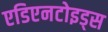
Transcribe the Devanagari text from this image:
एडिएनटोइड्स